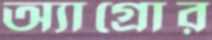
অ্যাগ্রোর